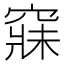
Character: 𥧌